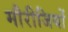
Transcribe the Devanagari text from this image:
मौरीजियों